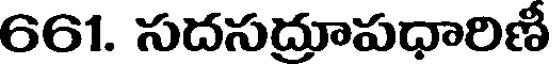
661. సదసద్రూపధారిణీ